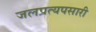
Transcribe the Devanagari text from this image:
जलप्रत्यपसारी